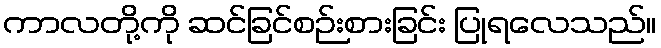
ကာလတို့ကို ဆင်ခြင်စဉ်းစားခြင်း ပြုရလေသည်။